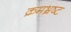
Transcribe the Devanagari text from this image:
क्रमभ्रष्ट